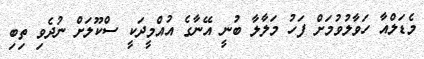
މެޑަލްއާ ހަވާލުވުމަށް ފަހު މަލާލާ ބުނީ އޭނާގެ އުއްމީދަކީ ސްކޫލަށް ނުދެވި ތިބި